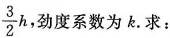
\frac{3}{2}h，劲度系数为k.求：